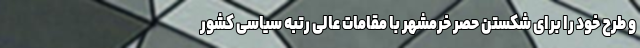
و طرح خود را برای شکستن حصر خرمشهر با مقامات عالی رتبه سیاسی کشور